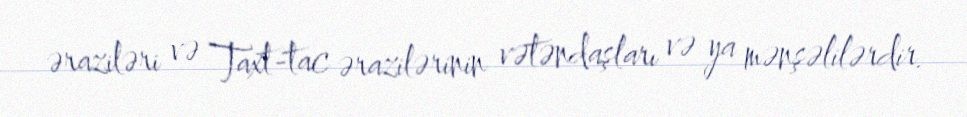
əraziləri və Taxt-tac ərazilərinin vətəndaşları və ya mənşəlilərdir.